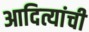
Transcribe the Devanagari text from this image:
आदित्यांची